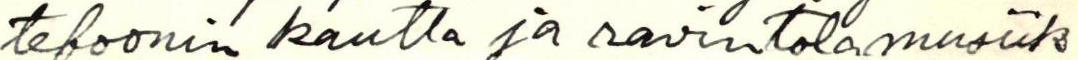
tefoonin kautta ja ravintolamusiik